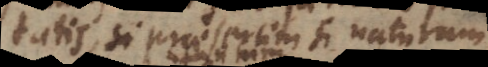
pietatis, praesertim si naturam